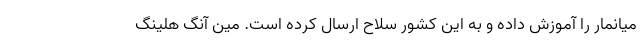
میانمار را آموزش داده و به این کشور سلاح ارسال کرده است. مین آنگ هلینگ